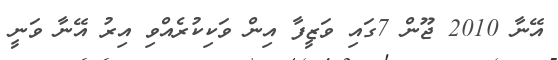
އޭނާ 2010 ޖޫން 7ގައި ވަޒީފާ އިން ވަކިކުރެއްވި އިރު އޭނާ ވަނީ